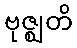
ဗုဇ္ဈတိ